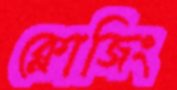
ক্লোজিং